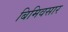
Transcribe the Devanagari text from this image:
बिमिवसार